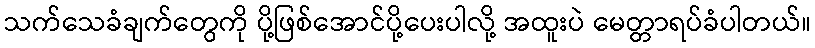
သက်သေခံချက်တွေကို ပို့ဖြစ်အောင်ပို့ပေးပါလို့ အထူးပဲ မေတ္တာရပ်ခံပါတယ်။